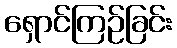
ရှောင်ကြဉ်ခြင်း